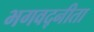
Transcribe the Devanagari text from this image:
भगवद्नीता